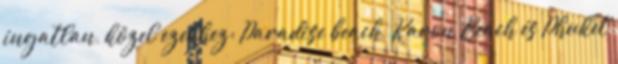
ingatlan, közel ezekhez: Paradise beach, Karon Beach és Phuket